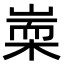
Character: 𣖃